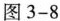
图3-8